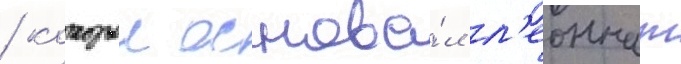
/ которыи основа́л л'еоннат